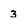
Character: 3